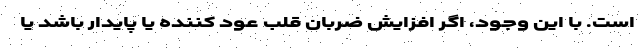
است. با این وجود، اگر افزایش ضربان قلب عود کننده یا پایدار باشد یا